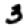
Digit: 3